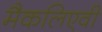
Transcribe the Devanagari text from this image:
मैकलिएवी